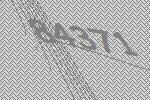
84371